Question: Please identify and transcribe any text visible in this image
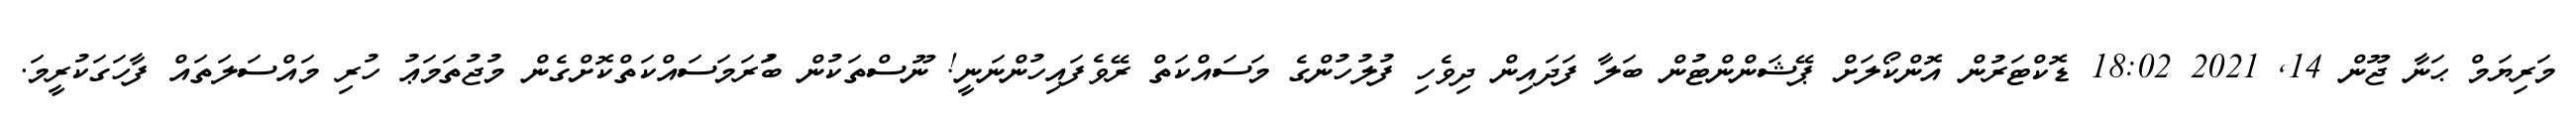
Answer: މަރިޔަމް ޙަނާ ޖޫން 14, 2021 18:02 ޑޮކްޓަރުން އޮންކޯލަށް ޕޭޝަންންޓުން ބަލާ ފަދައިން ދިވެހި ފުލުހުންގެ މަސައްކަތް ރޭވެފައިހުންނަނީ! ނޫސްތަކުން ބުަރަމަސައްކަތްކޮށްގެން މުޖުތަމަޢު ހުރި މައްސަލަތައް ފާހަގަކުރީމަ.